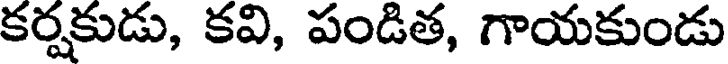
కర్షకుడు, కవి, పండిత, గాయకుండు